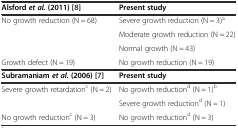
<table><thead><tr><td><b>Alsford<i>et al.</i>(2011) [8]</b></td><td><b>Present study</b></td></tr></thead><tbody><tr><td rowspan="3">No growth reduction (N = 68)</td><td>Severe growth reduction (N = 3)<sup>a</sup></td></tr><tr><td>Moderate growth reduction (N = 22)</td></tr><tr><td>Normal growth (N = 43)</td></tr><tr><td>Growth defect (N = 19)</td><td>No growth reduction (N = 19)</td></tr><tr><td><b>Subramaniam</b><b><i>et al.</i></b><b>(2006) [</b>7<b>]</b></td><td><b>Present study</b></td></tr><tr><td rowspan="2">Severe growth retardation<sup>c</sup> (N = 2)</td><td>No growth reduction<sup>d</sup> (N = 1)<sup>b</sup></td></tr><tr><td>Severe growth reduction<sup>d</sup> (N = 1)</td></tr><tr><td>No growth reduction<sup>c</sup> (N = 3)</td><td>No growth reduction<sup>d</sup> (N = 3)</td></tr></tbody></table>